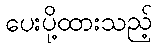
ပေးပို့ထားသည့်